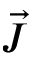
\vec { J }